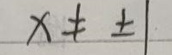
$x\neq\pm1$